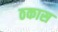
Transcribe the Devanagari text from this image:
ठकास